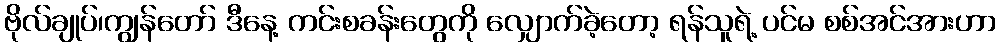
ဗိုလ်ချုပ်၊ကျွန်တော် ဒီနေ့ ကင်းစခန်းတွေကို လျှောက်ခဲ့တော့ ရန်သူရဲ့ ပင်မ စစ်အင်အားဟာ